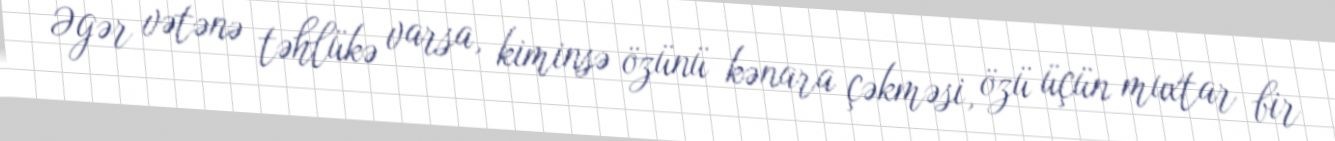
Əgər vətənə təhlükə varsa, kiminsə özünü kənara çəkməsi, özü üçün muxtar bir